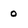
Character: 0